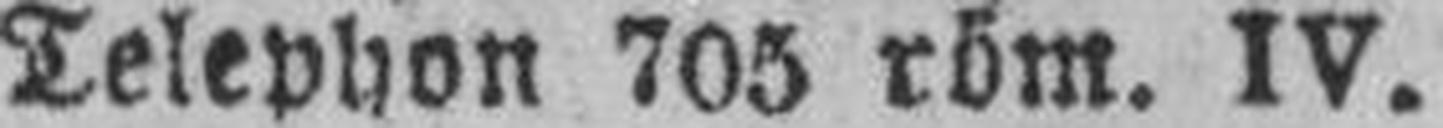
Telephon 705 röm. IV.